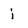
Character: i